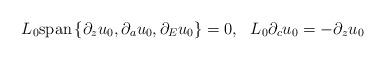
LaTeX: \begin{align*}L_0{\rm span}\left\{\partial_zu_0,\partial_au_0,\partial_Eu_0\right\}=0,~~L_0\partial_cu_0=-\partial_zu_0\end{align*}